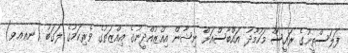
ފަލަސްތީނުގެ ރައީސް މަހުމޫދު އައްބާސްއަށް ނިޝާން އިއްޒުއްދީނުގެ އިއްޒަތުގެ ވެރިކަމުގެ ލަގަބު (ނޢޢވ)